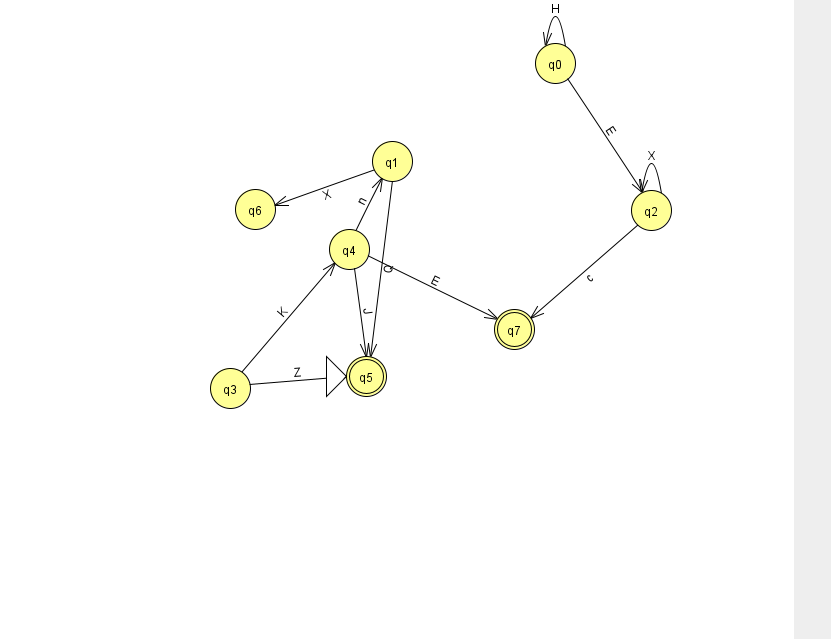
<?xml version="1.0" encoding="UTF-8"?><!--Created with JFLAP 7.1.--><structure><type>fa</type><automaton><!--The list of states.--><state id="0" name="q0"><x>555.0</x><y>50.0</y></state><state id="1" name="q1"><x>392.0</x><y>148.0</y></state><state id="2" name="q2"><x>651.0</x><y>197.0</y></state><state id="3" name="q3"><x>230.0</x><y>375.0</y></state><state id="4" name="q4"><x>349.0</x><y>236.0</y></state><state id="5" name="q5"><x>366.0</x><y>363.0</y><initial/><final/></state><state id="6" name="q6"><x>255.0</x><y>196.0</y></state><state id="7" name="q7"><x>514.0</x><y>316.0</y><final/></state><!--The list of transitions.--><transition><from>0</from><to>2</to><read>E</read></transition><transition><from>1</from><to>5</to><read>Q</read></transition><transition><from>4</from><to>7</to><read>E</read></transition><transition><from>1</from><to>6</to><read>X</read></transition><transition><from>0</from><to>0</to><read>H</read></transition><transition><from>2</from><to>2</to><read>X</read></transition><transition><from>4</from><to>1</to><read>n</read></transition><transition><from>4</from><to>5</to><read>J</read></transition><transition><from>3</from><to>4</to><read>K</read></transition><transition><from>3</from><to>5</to><read>Z</read></transition><transition><from>2</from><to>7</to><read>c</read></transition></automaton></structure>